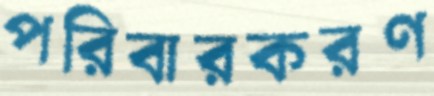
পরিবারকরণ